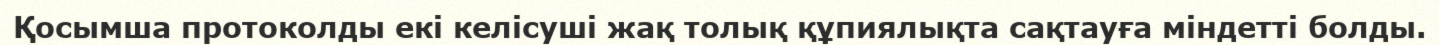
Қосымша протоколды екі келісуші жақ толық құпиялықта сақтауға міндетті болды.